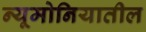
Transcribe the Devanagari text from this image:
न्यूमोनियातील